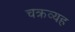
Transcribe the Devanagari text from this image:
चक्रव्यह